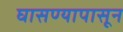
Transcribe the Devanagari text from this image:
घासण्यापासून